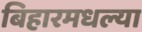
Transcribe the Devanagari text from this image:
बिहारमधल्या